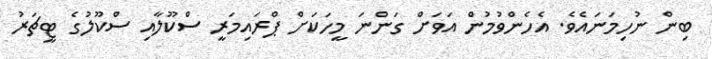
ބިން ނުހިމަނައެވެ. އެހެންވުމުން އަވަށް ގަންނަ މީހަކަށް ޕްރައިމަރީ ސްކޫލާއި ސްކޫލުގެ ޓީޗަރު